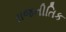
રાજનીતિક